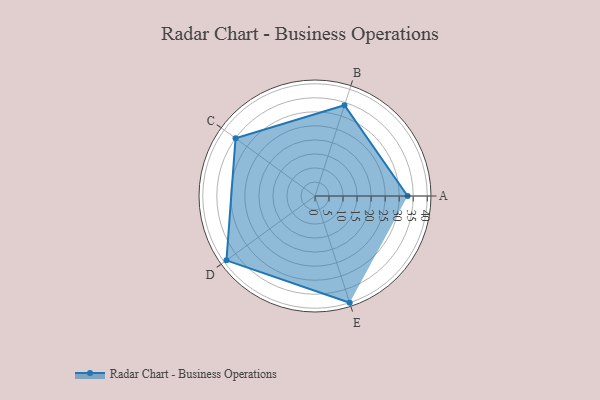
{"axis": {"x": "Skill", "y": "Score"}, "legend": ["Profile"], "data": [{"x": "A", "y": 33.0, "type": "Profile"}, {"x": "B", "y": 34.0, "type": "Profile"}, {"x": "C", "y": 35.0, "type": "Profile"}, {"x": "D", "y": 39.0, "type": "Profile"}, {"x": "E", "y": 40.0, "type": "Profile"}]}